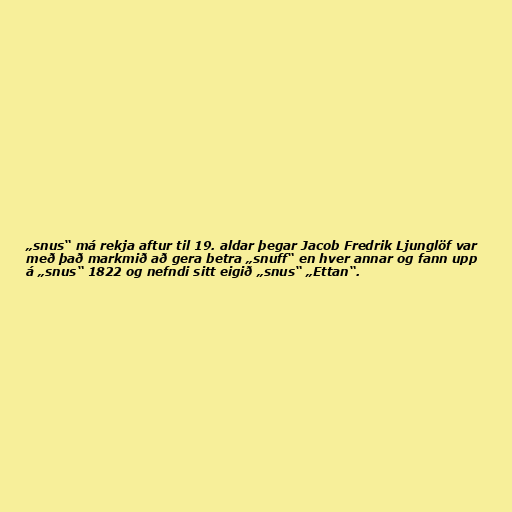
„snus“ má rekja aftur til 19. aldar þegar Jacob Fredrik Ljunglöf var
með það markmið að gera betra „snuff“ en hver annar og fann upp
á „snus“ 1822 og nefndi sitt eigið „snus“ „Ettan“.